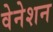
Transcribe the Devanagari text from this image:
वेनेशन